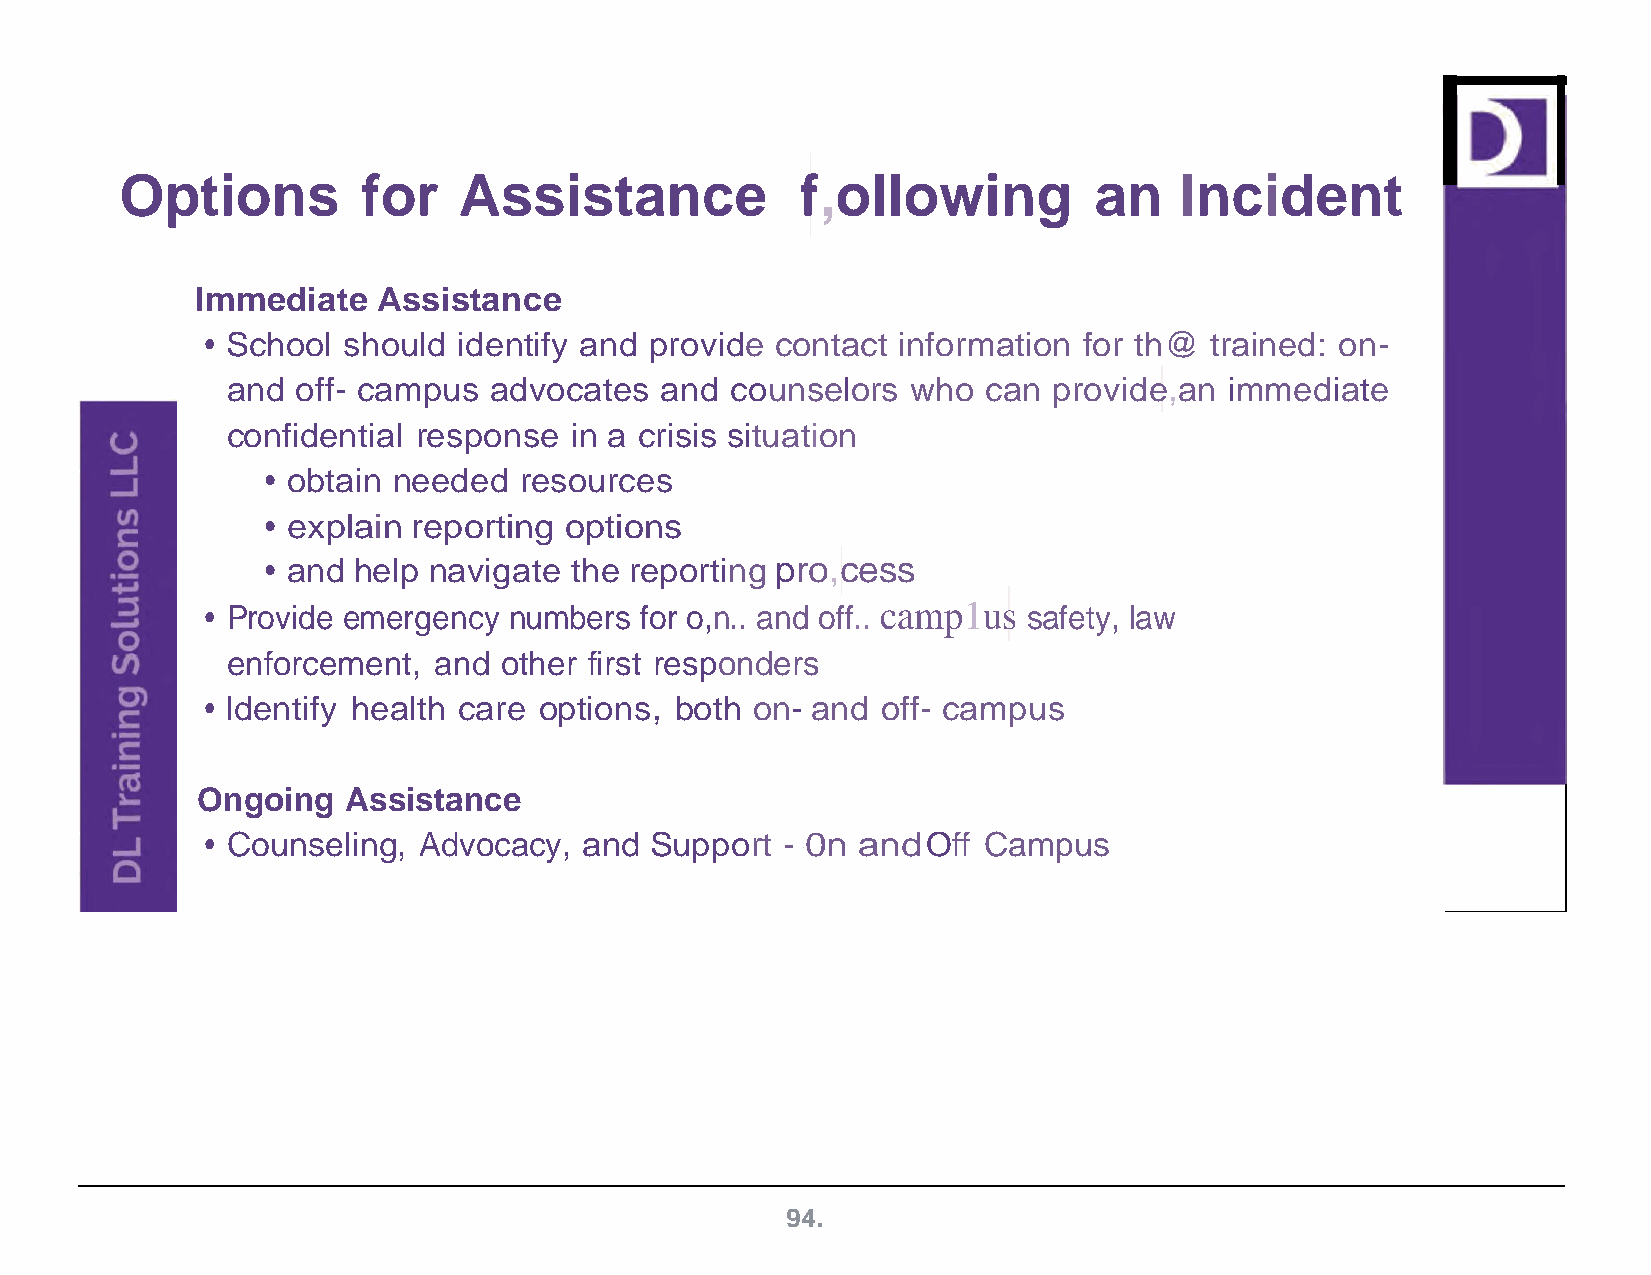
Options         for   Assistance             f,ollowing         an    Incident
 Immediate   Assistance
 • School should identify and provide contact information  for th@ trained: on-
 and  off- campus advocates   and counselors  who  can  provide,an immediate
 confidential response  in a crisis situation
 • obtain needed resources
 • explain reporting options
 • and help navigate the reporting pro,cess
 • Provide emergency numbers for o,n.. and off.. camp1us safety, law
 enforcement,  and other first responders
 • Identify health care options, both on- and off- campus
 Ongoing   Assistance
 • Counseling, Advocacy,  and Support  - 0n and Off Campus
 1
 94.